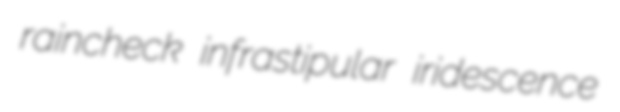
raincheck infrastipular iridescence